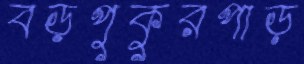
বড়পুকুরপাড়